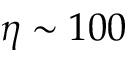
\eta \sim 1 0 0